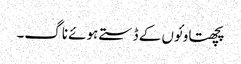
پچھتاو ئوں کے ڈستے ہوئے ناگ۔